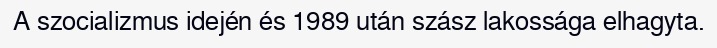
A szocializmus idején és 1989 után szász lakossága elhagyta.